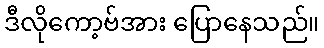
ဒီလိုကော့ဗ်အား ပြောနေသည်။